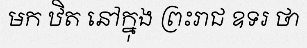
មក ឋិត នៅក្នុង ព្រះរាជ ឧទរ ថា